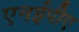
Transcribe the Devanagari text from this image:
एनईपीए